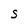
Character: C